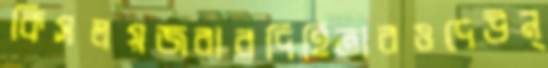
কিসলয়জবাবদিহিতারওদেউন্